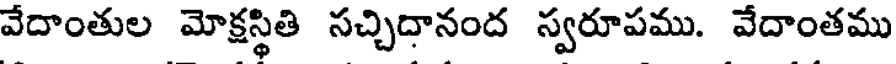
వేదాంతుల మోక్షస్థితి సచ్చిదానంద స్వరూపము. వేదాంతము